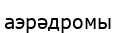
аэрәдромы